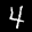
Label: 4